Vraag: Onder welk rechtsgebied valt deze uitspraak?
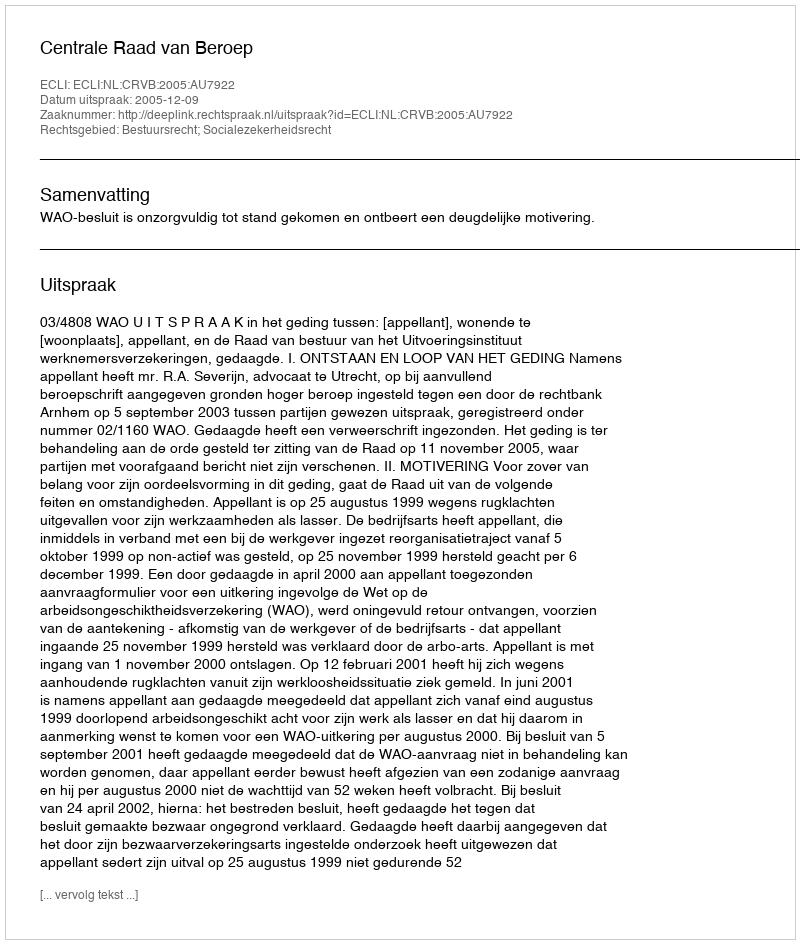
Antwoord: Bestuursrecht; Socialezekerheidsrecht